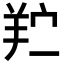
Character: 𬙯